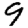
Digit: 9